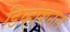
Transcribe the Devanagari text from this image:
डिव्होशनल